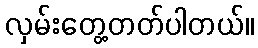
လှမ်းတွေ့တတ်ပါတယ်။